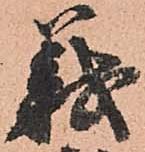
義